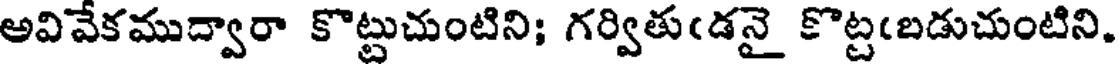
అవివేకముద్వారా కొట్టుచుంటిని; గర్వితుఁడనై కొట్టఁబడుచుంటిని.